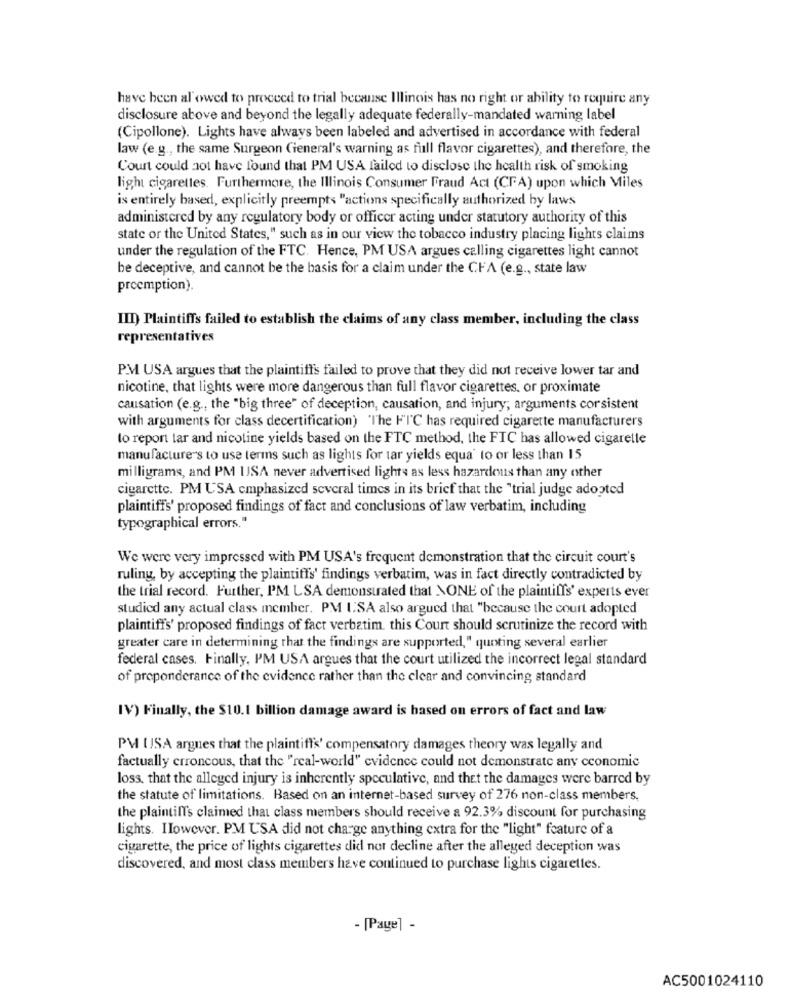
have been al owed to proceed to trial because Illinois has no right or ability to require any
disclosure above and beyond the legally adequate federally-mandated warning label
(Cipollone). Lights have always been labeled and advertised in accordance with federal
law (e.g ., the same Surgeon General's warning as full flavor cigarettes), and therefore, the
Court could not have found that PM USA failed to disclose the health risk of smoking
light cigarettes. Furthermore, the Illinois Consumer Fraud Act (CFA) upon which Miles
is entirely based, explicitly preempts "actions specifically authorized by laws
administered by any regulatory body or officer acting under statutory authority of this
state or the United States," such as in our view the tobacco industry placing lights claims
under the regulation of the FTC. Hence, PM USA argues calling cigarettes light cannot
be deceptive, and cannot be the basis for a claim under the CFA (e.g ., state law
preemption).
III) Plaintiffs failed to establish the claims of any class member, including the class
representatives
P.M USA argues that the plaintiff's failed to prove that they did not receive lower tar and
nicotine, that lights were more dangerous than full flavor cigarettes, or proximate
causation (e.g ., the "big three" of deception, causation, and injury; arguments corsistent
with arguments for class decertification) 'The FIC has required cigarette manufacturers
to report tar and nicotine yields based on the FTC method, the FTC has allowed cigarette
manufacture's to use terms such as lights for tar yields equa' to or less than 15
milligrams, and PM USA never advertised lights as less hazardous than any other
cigarette. PM USA emphasized several times in its brief that the "trial judge adopted
plaintiffs' proposed findings of fact and conclusions of law verbatim, including
typographical errors."
We were very impressed with PM USA's frequent demonstration that the circuit court's
ruling, by accepting the plaintiffs' findings verbatim, was in fact directly contradicted by
the trial record. Further, I'M LSA demonstrated that NONE of the plaintiffs' experts ever
studied any actual class member. PM ISA also argued that "because the court adopted
plaintiffs' proposed findings of fact verbatim. this Court should scrutinize the record with
greater care in determining that the findings are supported," quoting several earlier
federal cases. Finally, PM USA argues that the court utilized the incorrect legal standard
of preponderance of the evidence rather than the clear and convincing standard
IV) Finally, the $10.1 billion damage award is based on errors of fact and law
PM [ISA argues that the plaintiff's' compensatory damages theory was legally and
factually erroncous, that the "real-world" evidence could not demonstrate any economic
loss. that the alleged injury is inherently speculative, and thet the damages were barred by
the statute of limitations. Based on an internet-based survey of 276 non-class members.
the plaintilTs claimed that class members should receive a 92.3% discount for purchasing
lights. Ilowever. PM USA did not charge anything extra for the "light" feature of a
cigarette, the price of lights cigarettes did nor decline after the alleged deception was
discovered, and most class members have continued to purchase lights cigarettes.
- [Page] -
AC5001024110